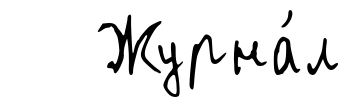
Журна́л